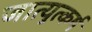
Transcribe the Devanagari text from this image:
जात्युत्कर्ष